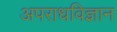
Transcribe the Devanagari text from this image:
अपराधविज्ञान